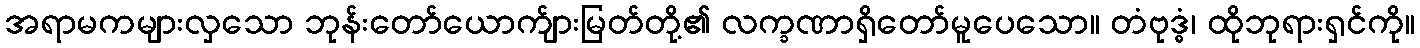
အရာမကများလှသော ဘုန်းတော်ယောက်ျားမြတ်တို့၏ လက္ခဏာရှိတော်မူပေသော။ တံဗုဒ္ဓံ၊ ထိုဘုရားရှင်ကို။